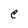
Character: C